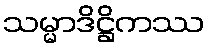
သမ္မာဒိဋ္ဌိကဿ